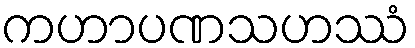
ကဟာပဏသဟဿံ